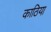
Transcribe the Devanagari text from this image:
काठिया